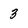
Character: 3